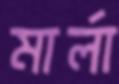
মার্লা